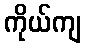
ကိုယ်ကျ